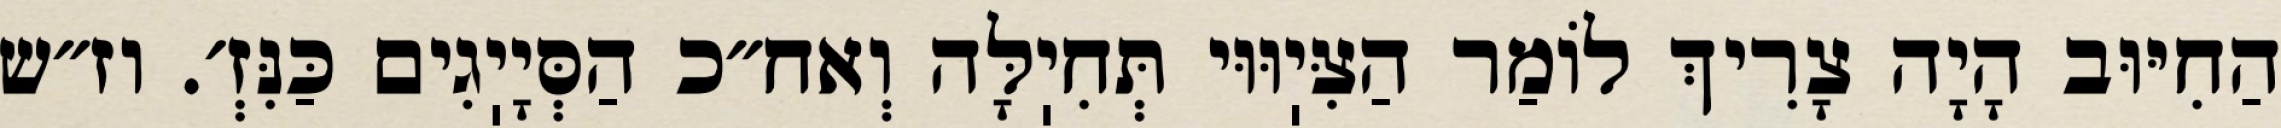
הַחִיּוּב הָיָה צָרִיךְ לוֹמַר הַצִּיֽוּוּי תְּחִיֽלָּה וְאח״כ הַסְּיָיֽגִים כַּנִּזְ׳. וז״ש